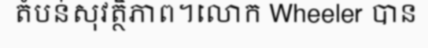
តំបន់សុវត្ថិភាព។លោក Wheeler បាន